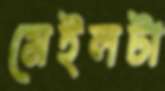
মেইলটা